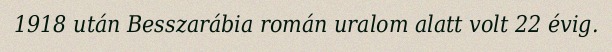
1918 után Besszarábia román uralom alatt volt 22 évig.